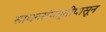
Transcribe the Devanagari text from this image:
साधनसंपत्तीपासून